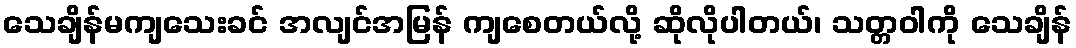
သေချိန်မကျသေးခင် အလျင်အမြန် ကျစေတယ်လို့ ဆိုလိုပါတယ်၊ သတ္တဝါကို သေချိန်